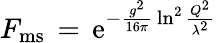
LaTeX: F_{\mathrm{ms}}\, =\, \mathrm{e}^{-\frac{g^{2}}{16\pi}\, \ln^{2}\frac{Q^{2}}{\lambda^{2}}}